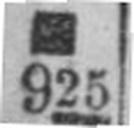
925